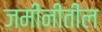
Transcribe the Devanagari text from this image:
जमीनीतील